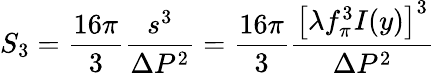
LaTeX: S_{3}=\frac{16\pi}{3}\frac{s^{3}}{\Delta P^{2}}=\frac{16\pi}{3}\frac{\left[\lambda f_{\pi}^{3}I(y)\right]^{3}}{\Delta P^{2}}